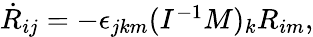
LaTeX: \begin{array}{r}{\dot{R}_{ij}=-\epsilon_{jkm}(I^{-1}M)_{k}R_{im},}\end{array}